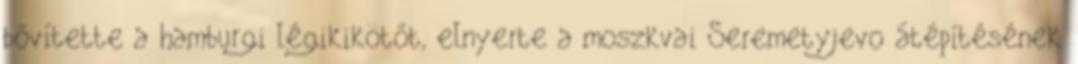
bővítette a hamburgi légikikötőt, elnyerte a moszkvai Seremetyjevo átépítésének